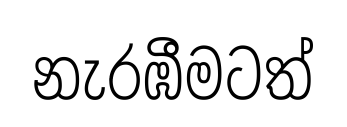
නැරඹීමටත්